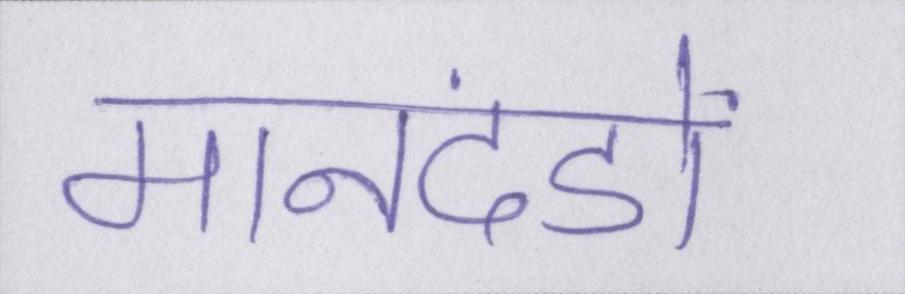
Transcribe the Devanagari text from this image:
मानदंडों